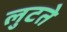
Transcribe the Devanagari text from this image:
लुटते